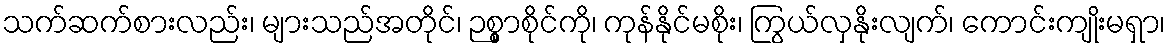
သက်ဆက်စားလည်း၊ များသည်အတိုင်၊ ဉစ္စာစိုင်ကို၊ ကုန်နိုင်မစိုး၊ ကြွယ်လှနိုးလျက်၊ ကောင်းကျိုးမရှာ၊